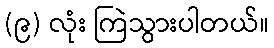
(၉) လုံး ကြဲသွားပါတယ်။